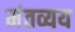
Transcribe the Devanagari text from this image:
मंतव्यय